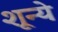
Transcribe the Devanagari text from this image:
शून्ये